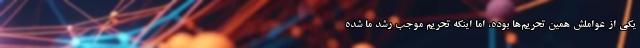
یکی از عواملش همین تحریم‌ها بوده، اما اینکه تحریم موجب رشد ما شده